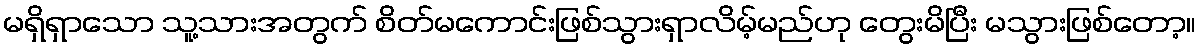
မရှိရှာသော သူ့သားအတွက် စိတ်မကောင်းဖြစ်သွားရှာလိမ့်မည်ဟု တွေးမိပြီး မသွားဖြစ်တော့။